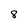
Character: 8